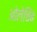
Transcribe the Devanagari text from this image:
ओलेचिंब